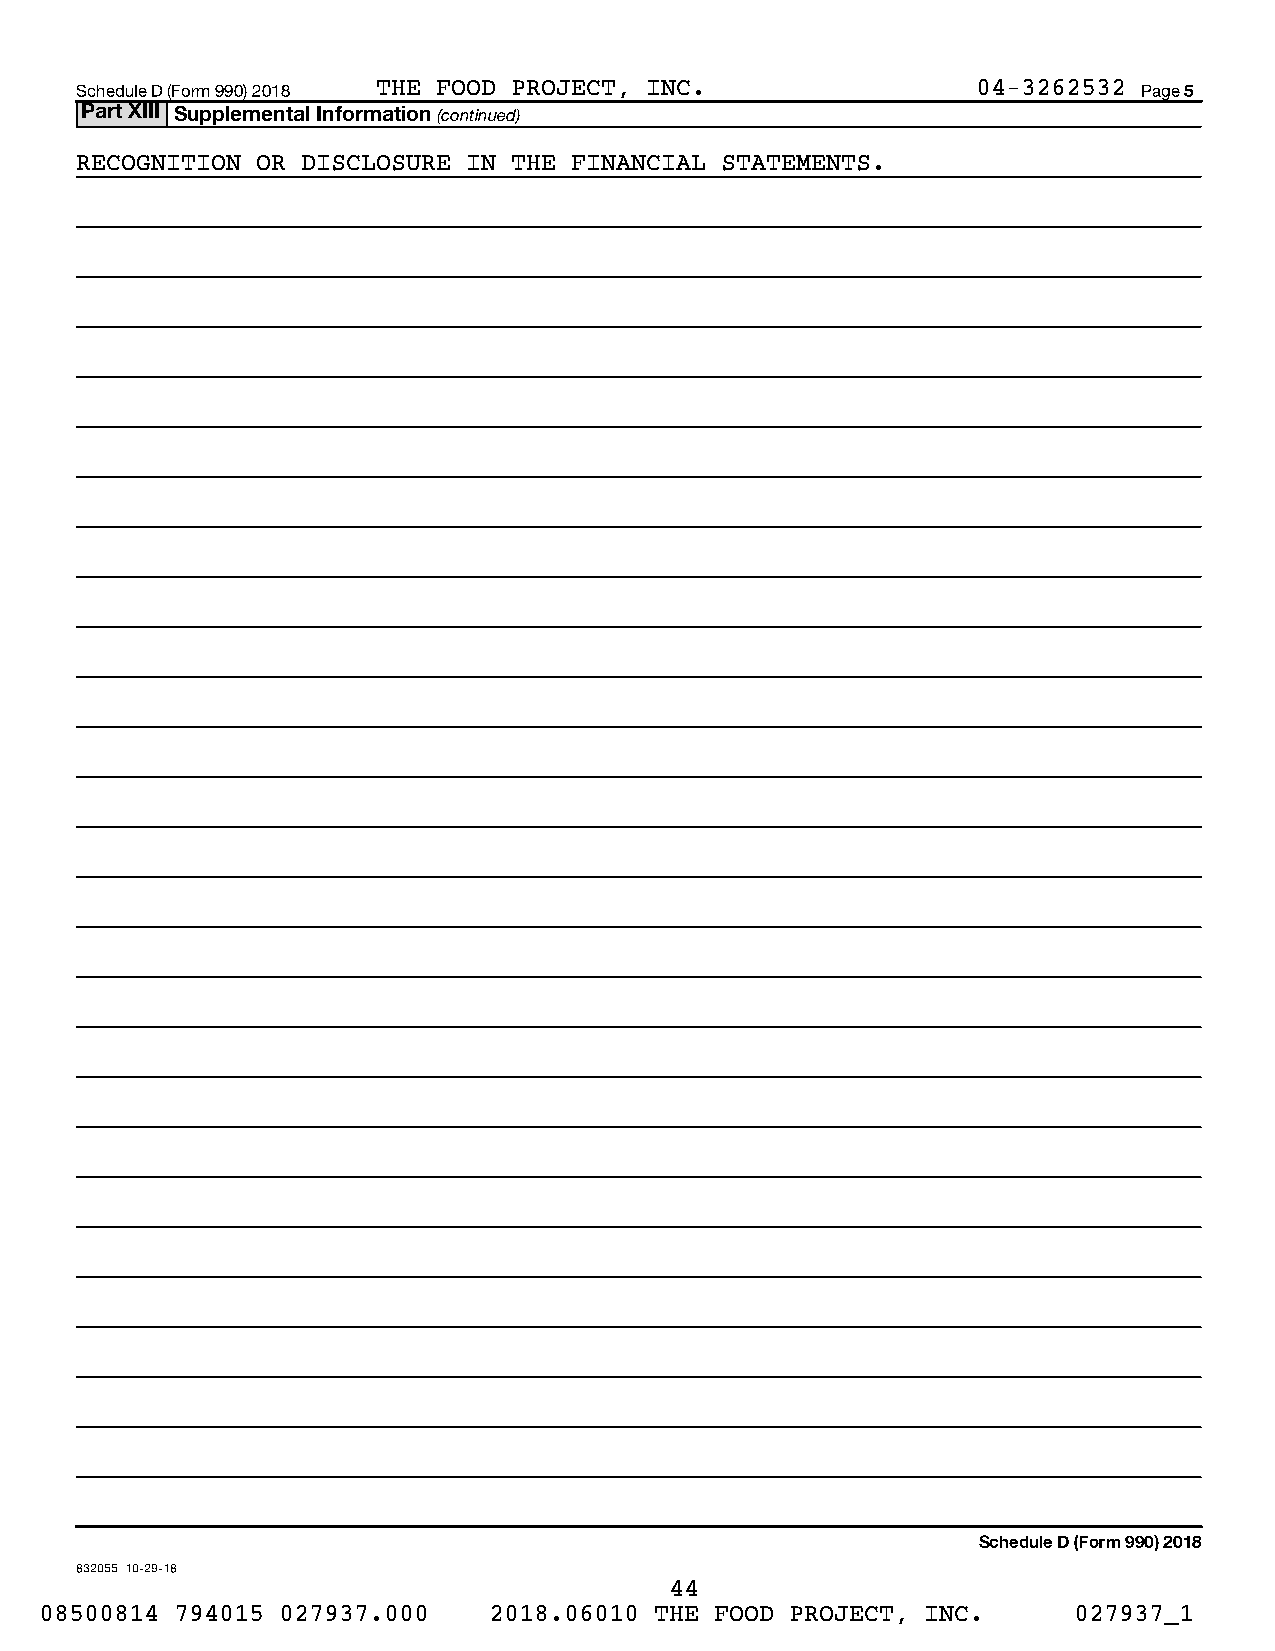
Schedule D (Form 990) 2018 THE FOOD PROJECT, INC.           04-3262532 Page 5
 Part XIII Supplemental Information (continued)
 RECOGNITION OR DISCLOSURE IN THE FINANCIAL STATEMENTS.
 Schedule D (Form 990) 2018
 832055 10-29-18
 44
 08500814 794015 027937.000   2018.06010 THE FOOD PROJECT, INC.      027937_1